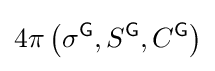
4\pi \left(\sigma ^{\textsf {G}},S^{\textsf {G}},C^{\textsf {G}}\right)